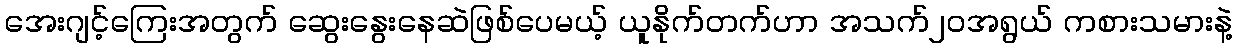
အေးဂျင့်ကြေးအတွက် ဆွေးနွေးနေဆဲဖြစ်ပေမယ့် ယူနိုက်တက်ဟာ အသက်၂၀အရွယ် ကစားသမားနဲ့